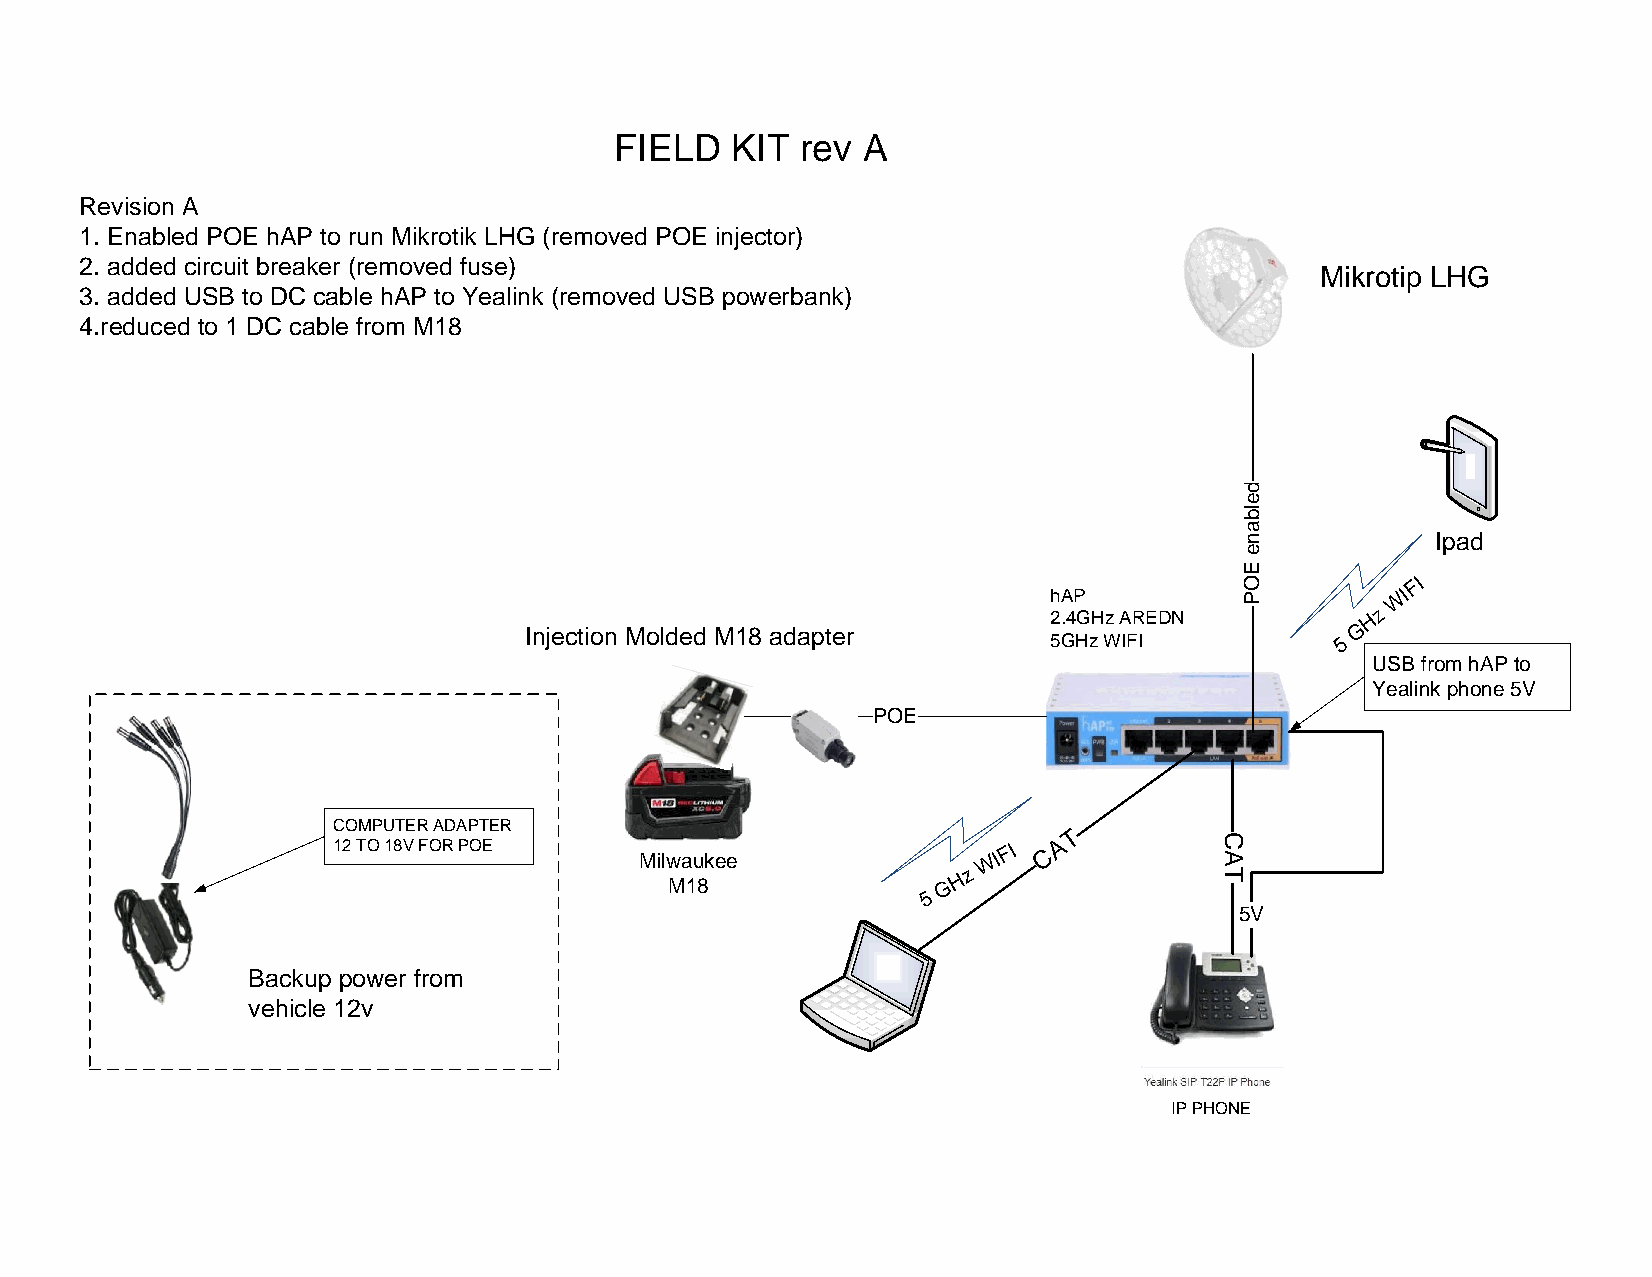
FIELD  KIT  rev A
 Revision A
 1. Enabled POE hAP to run Mikrotik LHG (removed POE injector)
 2. added circuit breaker (removed fuse)
 Mikrotip LHG
 3. added USB to DC cable hAP to Yealink (removed USB powerbank)
 4.reduced to 1 DC cable from M18
 Ipad
 FI
 hAP                   WI
 2.4GHz AREDN         H z
 Injection Molded M18 adapter       5GHz WIFI          5 G
 USB from hAP to
 Yealink phone 5V
 POE
 COMPUTER ADAPTER
 T 12 TO 18V FOR POE
 Milwaukee
 WIFI C A
 H z
 M18               G
 5
 5V
 Backup power from
 vehicle 12v
 IP PHONE
 CAT
 delbane
 EOP